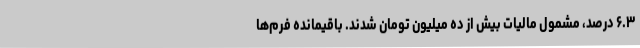
۶.۳ درصد، مشمول مالیات بیش از ده میلیون تومان شدند. باقیمانده فرم‌ها